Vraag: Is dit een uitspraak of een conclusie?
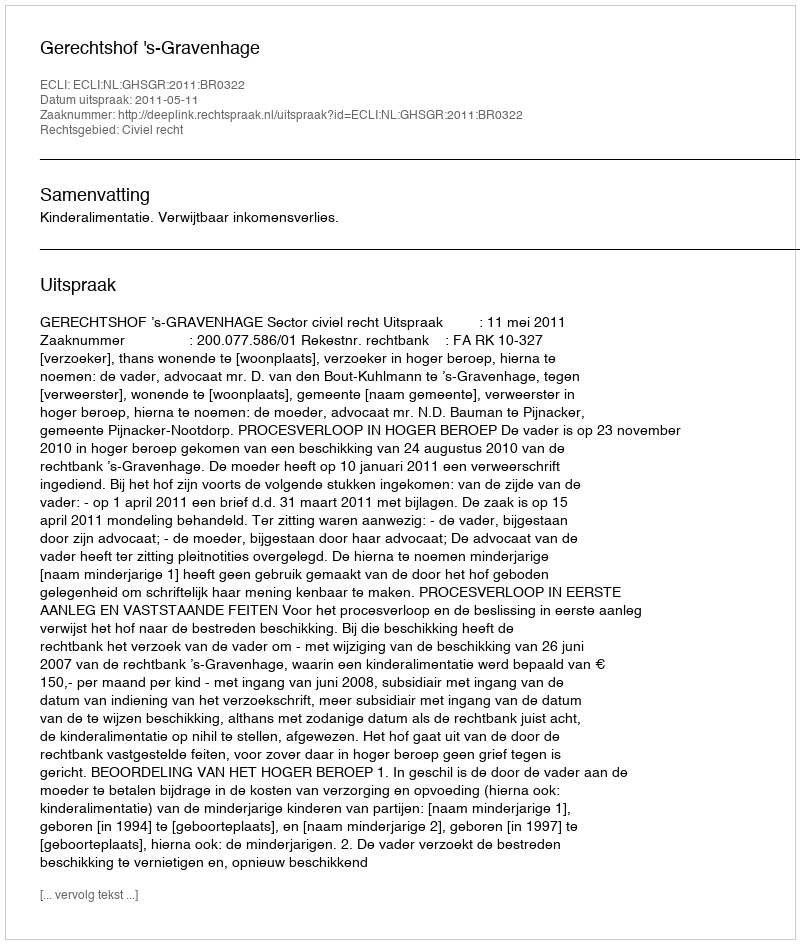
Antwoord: Uitspraak